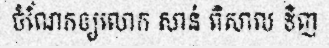
ចំណែកឲ្យលោក សាន់ ពិសាល ទិញ